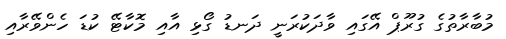
މުބާރާތުގެ ގުރޫޕް އޭގައި ވާދަކުރަނީ ދަނޑު ގޯޅި އާއި މޮކާޓޭ ކުޑަ ހެންވޭރާއި